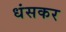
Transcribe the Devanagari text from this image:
धंसकर